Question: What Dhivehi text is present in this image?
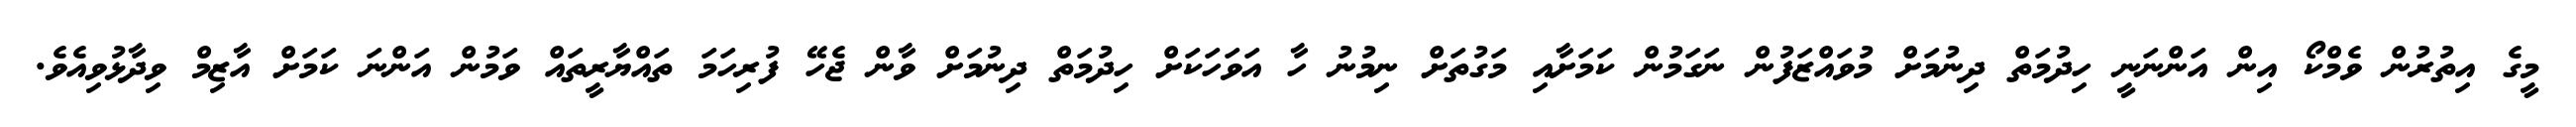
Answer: މީގެ އިތުރުން ވެމްކޯ އިން އަންނަނީ ހިދުމަތް ދިނުމަށް މުވައްޒަފުން ނަގަމުން ކަމަށާއި މަގުތަށް ނިމުނު ހާ އަވަހަކަށް ހިދުމަތް ދިނުމަށް ވާން ޖެހޭ ފުރިހަމަ ތައްޔާރީތައް ވަމުން އަންނަ ކަމަށް އާޒިމް ވިދާޅުވިއެވެ.